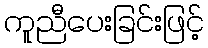
ကူညီပေးခြင်းဖြင့်